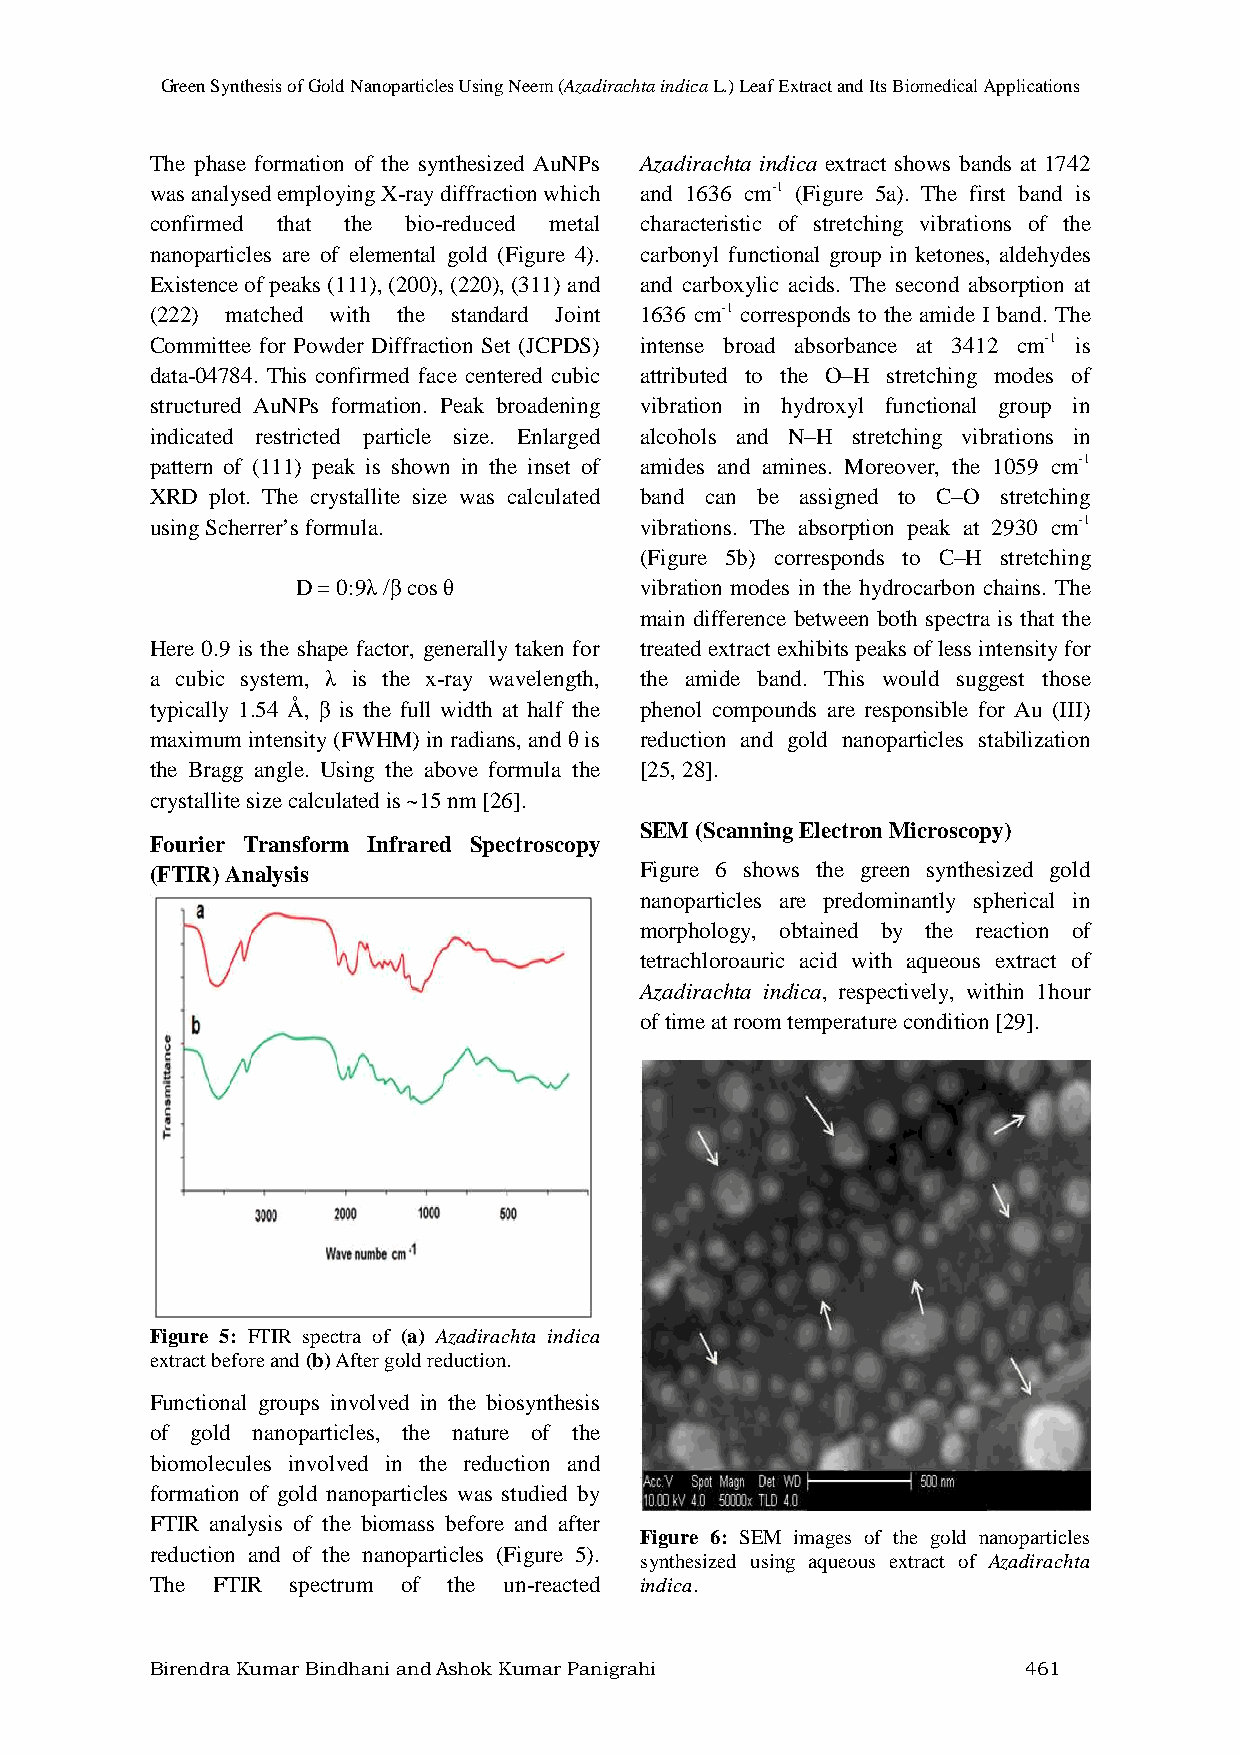
Green Synthesis of Gold Nanoparticles Using Neem (Azadirachta indica L.) Leaf Extract and Its Biomedical Applications
 The phase formation of the synthesized AuNPs Azadirachta indica extract shows bands at 1742
 was analysed employing X-ray diffraction which and 1636 cm-1 (Figure 5a). The first band is
 confirmed that the bio-reduced metal characteristic of stretching vibrations of the
 nanoparticles are of elemental gold (Figure 4). carbonyl functional group in ketones, aldehydes
 Existence of peaks (111), (200), (220), (311) and and carboxylic acids. The second absorption at
 (222) matched with the standard Joint 1636 cm-1 corresponds to the amide I band. The
 Committee for Powder Diffraction Set (JCPDS) intense broad absorbance at 3412 cm-1 is
 data-04784. This confirmed face centered cubic attributed to the O–H stretching modes of
 structured AuNPs formation. Peak broadening vibration in hydroxyl functional group in
 indicated restricted particle size. Enlarged alcohols and N–H stretching vibrations in
 pattern of (111) peak is shown in the inset of amides and amines. Moreover, the 1059 cm-1
 XRD plot. The crystallite size was calculated band can be assigned to C–O stretching
 using Scherrer’s formula.       vibrations. The absorption peak at 2930 cm-1
 (Figure 5b) corresponds to C–H stretching
 D = 0:9λ /β cos θ     vibration modes in the hydrocarbon chains. The
 main difference between both spectra is that the
 Here 0.9 is the shape factor, generally taken for treated extract exhibits peaks of less intensity for
 a cubic system, λ is the x-ray wavelength, the amide band. This would suggest those
 typically 1.54 Å, β is the full width at half the phenol compounds are responsible for Au (III)
 maximum intensity (FWHM) in radians, and θ is reduction and gold nanoparticles stabilization
 the Bragg angle. Using the above formula the [25, 28].
 crystallite size calculated is ~15 nm [26].
 SEM (Scanning Electron Microscopy)
 Fourier Transform Infrared Spectroscopy
 (FTIR) Analysis                 Figure 6 shows the green synthesized gold
 nanoparticles are predominantly spherical in
 morphology, obtained by the reaction of
 tetrachloroauric acid with aqueous extract of
 Azadirachta indica, respectively, within 1hour
 of time at room temperature condition [29].
 Figure 5: FTIR spectra of (a) Azadirachta indica
 extract before and (b) After gold reduction.
 Functional groups involved in the biosynthesis
 of gold nanoparticles, the nature of the
 biomolecules involved in the reduction and
 formation of gold nanoparticles was studied by
 FTIR analysis of the biomass before and after
 Figure 6: SEM images of the gold nanoparticles
 reduction and of the nanoparticles (Figure 5).
 synthesized using aqueous extract of Azadirachta
 The FTIR spectrum of the un-reacted indica.
 Birendra Kumar Bindhani and Ashok Kumar Panigrahi         461